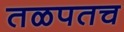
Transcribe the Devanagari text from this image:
तळपतच